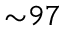
{ \sim } 9 7 \